Report of the Municipal Commissioner on the plague in Bombay for the year ending 31st May... - Volume 1
Disease focus: Plague
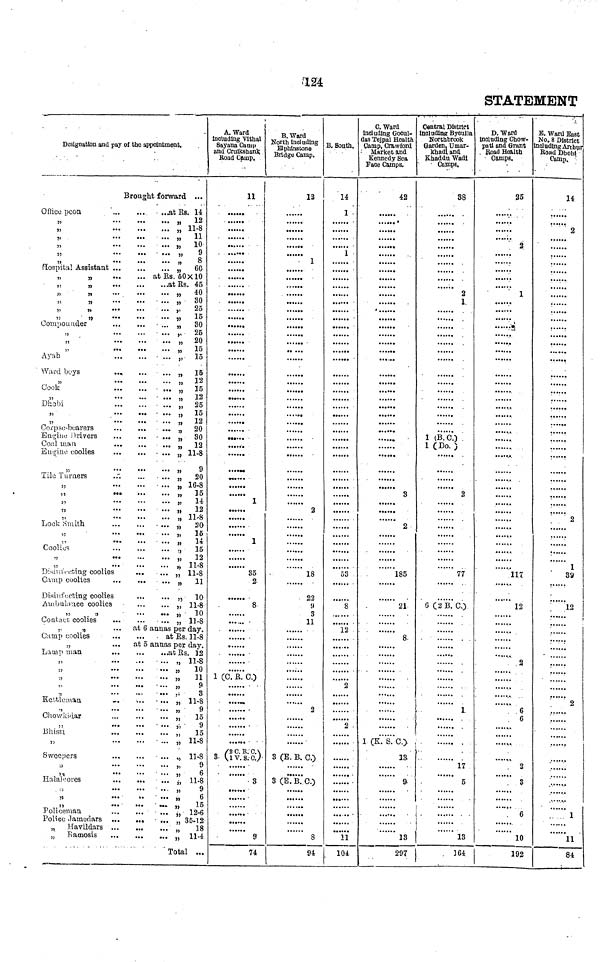
124
STATEMENT
Designation and pay of the appointment.
Brought forward ...
Office peon
.at Rs. 14
, 12
„ 11-8
11
„
...
...
... ,, 11
„ 10 9
3,
...
...
...
„
"
,
...
...
... ,, 8
Flospilal Assistant
„
60
„
„
at Rs. 50X10
,.
„
at Rs. 45
„
„ 40
"
„ 30
"
"
,,
25
5)
,,
,,
15
Compounder
,,
80
,. 26
„ 20
„ 15
Ayah
„ 15
Ward boys
...
„ 15
„ 12
Cook
„ 15
„ 12
Dhobi
, 25
"
" 15
„ 12
Corpse-bearers
„ 20
Engine
Drivers
„ 30
Coal
man
„ 12
Engine coolies
„ 11-8
,,
„
9
Tile Turners
..".
„
20
"
" 16-8
,,
..
,,
15
„
14
,,
...
...
... „ 12
„
„ 11-8
Look Smith
„
20
" 16
„ 14
Coolios
.,
15
,,
„
12
„
„ 11-8
/ill/
coolies
„ 11-8
Camp coolies
„
11
Disinfecting coolies
„
10
Ambulance coolies
„ 11-8
,,
,,
...
,,
10
Contact coolies
„ 11-8
,.
„
... at 6 annas per day.
Camp coolies
at Rs. 11-8
„
...
at 5 annas per day.
Lamp man
at
Rs.
12
" 11-8
,,
„
10
„
11
"
9
,, 3
Kettleman
-
„ 11-8
.
Chowkatar
„
15
,,
...
...
... ,, 9
Bhisti
„
15
„ 11-8
Sweepers
„ 11-8
„
"
,,
...
...
... ,,
6
Halaleores
,,
11-8
„
9
,,
...
.... ... „
6
,,
....
...
,,
15
Policeman
.. ,, 12-6
Police Jamedars
.. „ 35-12
„
Havildars
.. „
18
„
Ramosis
„ 114
Total ...
I
A. Ward
Including Vithal
Sayana Camp
and Cruikshank
Road Camp.
11
....
.....
....
......
......
......
......
......
....
....
....
......
1
....
......
1
......
35
2
......
8
1 (C. R. C.)
......
......
.
......
( 2 C.R.CA.
3 1 V. S.C. )
3
......
.....
9
74
B. Ward
North Including
Elphinstone
Bridge Camp.
12
......
......
......
......
......
1
......
......
......
......
.. ....
.. ...
......
......
....
......
......
....
......
......
......
......
2
......
......
18
22
9
3
11
,
2
......
......
3 (E. B. C.)
......
3 (E. B..C.)
......
......
8
94
B. South.
14
1
......
1
......
......
......
......
......
......
......
......
......
,
......
......
......
......
53
8
......
12
.
......
2
......
2
......
......
....
......
104
C. Ward
Including Gocul-
das Tejpal Health
Camp, Crawford
Market and
Kennedy Sea
Face Camps.
42
......
......
......
......
......
......
......
......
......
......
8
......
......
2
......
......
185
.
.
21
8
......
1 (K. S. C.)
13.
9
18
297
Central District
including Byculla
Northbrook
Garden. Umar-
khadi and
Khaddu Wadi
Camps.
38
......
......
......
......
......
......
......
2
1.
......
......
......
......
1 (B.C.)
1 (Do. )
2
......
......
77
6 (2 B. C.)
' .
1.
1
......
17
5
....
.....
18
164
D.Ward
including Chow-
patl and Grant
Road Health
Camps.
35
......
2
1
......
......
......
.....
......
......
......
......
......
......
.... 117
......
12
....
2
........
....
6
.......
....
2
......
3
....
6
....
10
192
E. Ward East
No. 8 District
Including Arthur
Road Dhobi
Camp,
14
2
......
......
......
......
......
......
......
......
......
......
2
......
39
12
......
......
2
......
......
......
......
.......
1
11
84